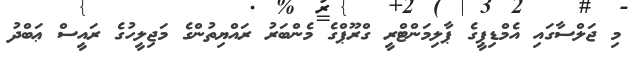
މި ޖަލްސާގައި އެމްޑިޕީގެ ޕާލިމަންޓްރީ ގްރޫޕްގެ މެންބަރު ރައްޔިތުންގެ މަޖިލީހުގެ ރައީސް ޢަބްދު